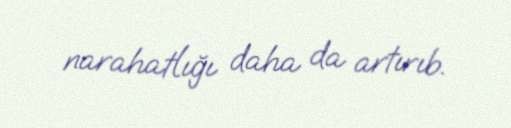
narahatlığı daha da artırıb.